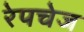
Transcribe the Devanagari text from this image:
रेपचेज